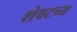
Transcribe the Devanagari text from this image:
शेवटच्य